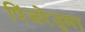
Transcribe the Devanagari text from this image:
पिंजरेनुमा